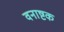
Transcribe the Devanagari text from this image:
वनाष्टक